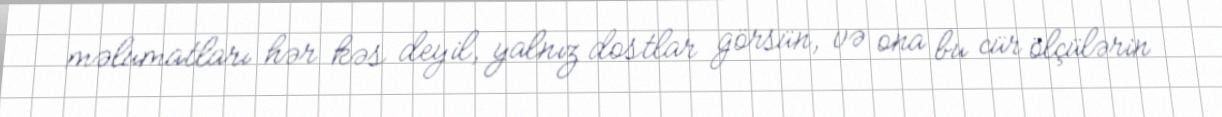
məlumatları hər kəs deyil, yalnız dostlar görsün, və ona bu cür ölçülərin